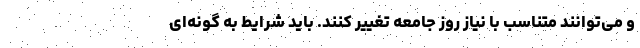
و می‌توانند متناسب با نیاز روز جامعه تغییر کنند. باید شرایط به گونه‌ای